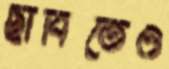
ছাবিতেও